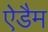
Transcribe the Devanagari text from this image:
ऐडैम